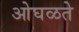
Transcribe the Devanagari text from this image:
ओघळते